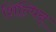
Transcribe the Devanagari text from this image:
शिल्पिन्